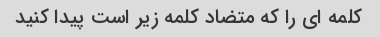
کلمه ای را که متضاد کلمه زیر است پیدا کنید